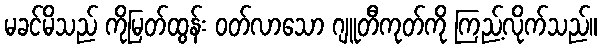
မခင်မိသည် ကိုမြတ်ထွန်း ဝတ်လာသော ဂျူတီကုတ်ကို ကြည့်လိုက်သည်။